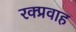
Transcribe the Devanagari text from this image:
रक्प्रवाह